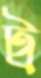
ট্র